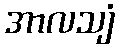
အာလသျံ